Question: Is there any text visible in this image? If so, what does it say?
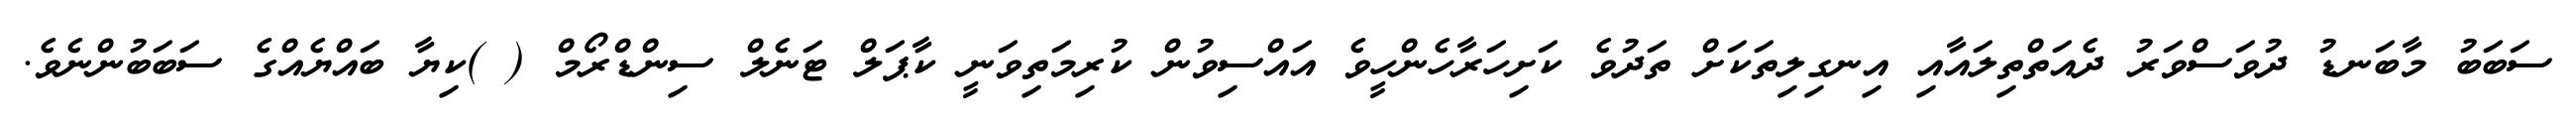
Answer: ސަބަބު މާބަނޑު ދުވަސްވަރު ދެއަތްތިލައާއި އިނގިލިތަކަށް ތަދުވެ ކަށިހަރާހެންހީވެ އައްސިވުން ކުރިމަތިވަނީ ކާޕަލް ޓަނެލް ސިންޑްރޯމް ( )ކިޔާ ބައްޔެއްގެ ސަބަބުންނެވެ.